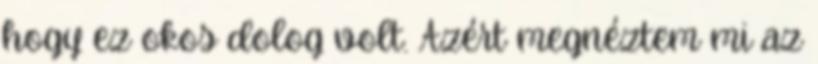
hogy ez okos dolog volt. Azért megnéztem mi az